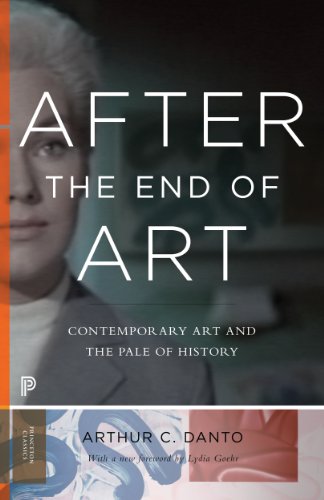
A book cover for After the End of Art: Contemporary Art and the Pale of History (Princeton Classics); Arthur C. Danto; Arts & Photography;